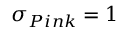
\sigma _ { P i n k } = 1